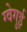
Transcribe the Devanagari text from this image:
ग्वेगुई